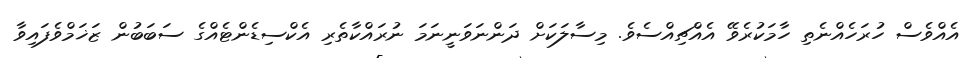
އެއްވެސް ހުރަހެއްނެތި ހާމަކުރެވޭ އެއްޗިއްސެވެ. މިސާލަކަށް ދަންނަވަނީނަމަ ނުރައްކާތެރި އެކްސިޑެންޓެއްގެ ސަބަބުން ޒަޚަމްވެފައިވާ